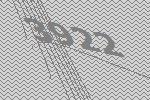
3922